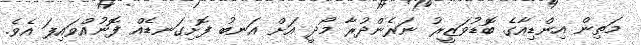
މަތިން އިންޑިއާގެ ބޮޑުވަޒީރު ނަރެންދުރާ މޯދީ އަށް އަނބު ފޮށިގަނޑެއް ފޮނުއްވައިފަ އެވެ.